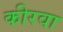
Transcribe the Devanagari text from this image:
कीरवा